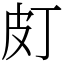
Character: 𤿆